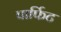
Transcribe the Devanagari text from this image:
पार्फिट